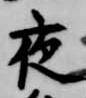
夜